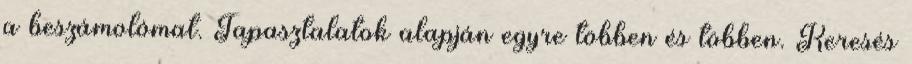
a beszámolómat. Tapasztalatok alapján egyre többen és többen. Keresés